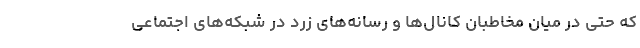
که حتی در میان مخاطبان کانال‌ها و رسانه‌های زرد در شبکه‌های اجتماعی